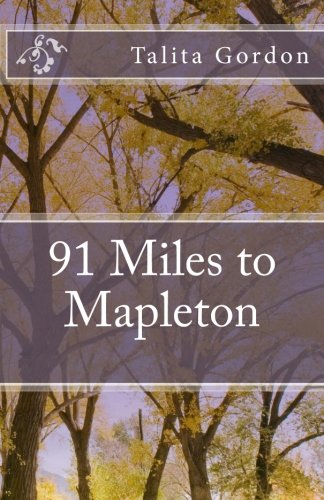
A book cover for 91 Miles to Mapleton: 91 Miles; Talita Gordon; Romance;